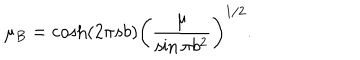
LaTeX: \mu _ { B } = \cosh ( 2 \pi s b ) \left( \frac { \mu } { \sin \pi b ^ { 2 } } \right) ^ { 1 / 2 } .